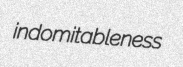
indomitableness